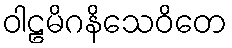
ဝါဠမိဂနိသေဝိတေ